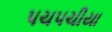
પચ૫ચીયા